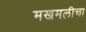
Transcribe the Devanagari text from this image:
मखमलीचा